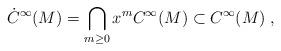
LaTeX: \begin{align*}\dot C^\infty(M)=\bigcap_{m\ge0}x^mC^\infty(M)\subset C^\infty(M)\;,\end{align*}